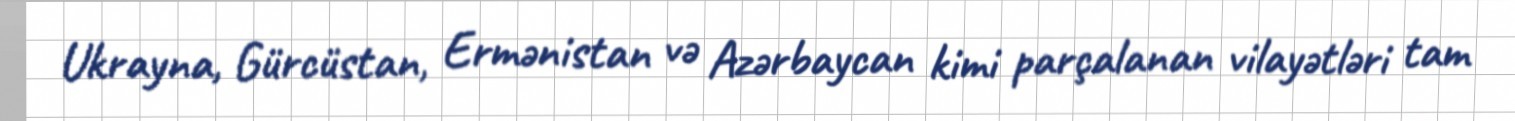
Ukrayna, Gürcüstan, Ermənistan və Azərbaycan kimi parçalanan vilayətləri tam